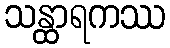
သန္ထာရကဿ